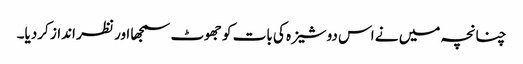
چنانچہ میں نے اس دوشیزہ کی بات کو جھوٹ سمجھا اور نظر انداز کردیا۔